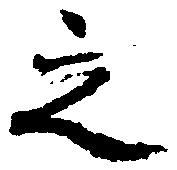
之